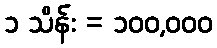
၁ သိန်း = ၁၀၀,၀၀၀